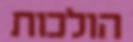
הולכות